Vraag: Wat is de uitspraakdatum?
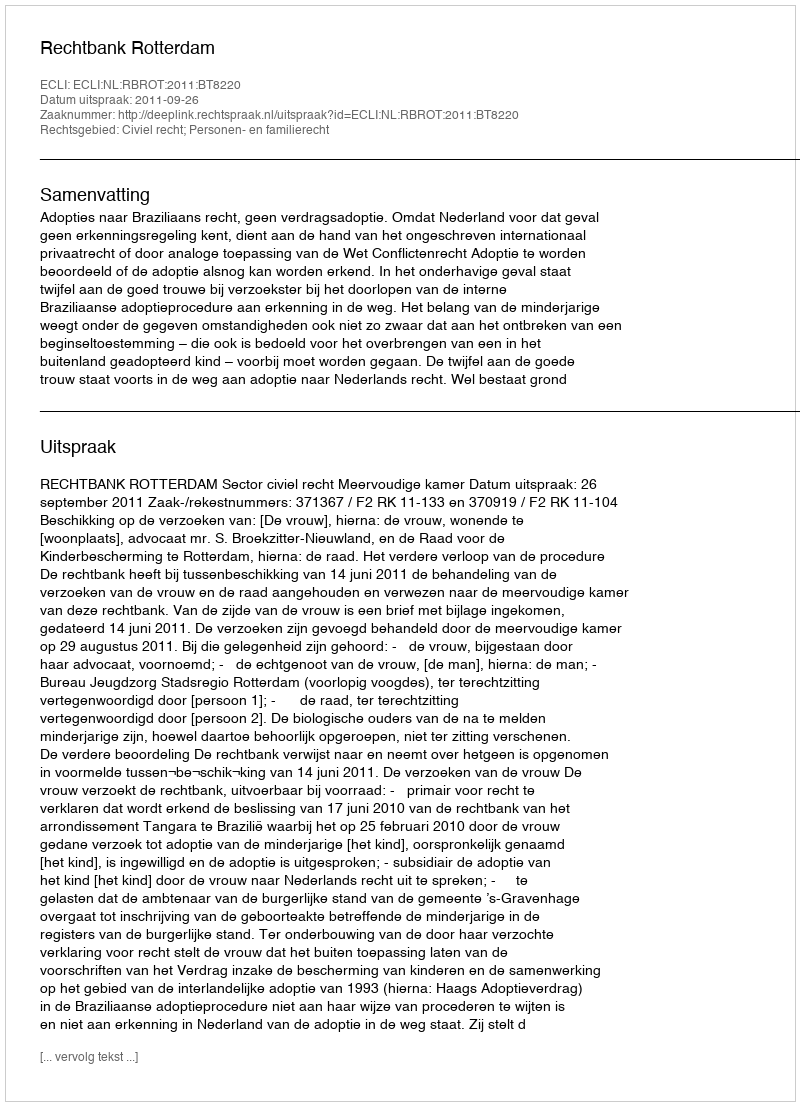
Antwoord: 2011-09-26